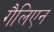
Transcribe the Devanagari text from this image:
गैलिएन